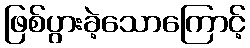
ဖြစ်ပွားခဲ့သောကြောင့်